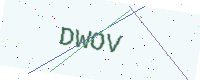
Text: DWOV